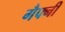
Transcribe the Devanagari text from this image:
गैफ्नी